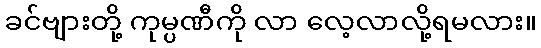
ခင်ဗျားတို့ ကုမ္ပဏီကို လာ လေ့လာလို့ရမလား။